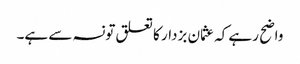
واضح رہے کہ عثمان بزدار کا تعلق تونسہ سے ہے۔